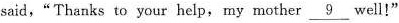
said,“Thanks to your help, my mother \underline{9} well!“